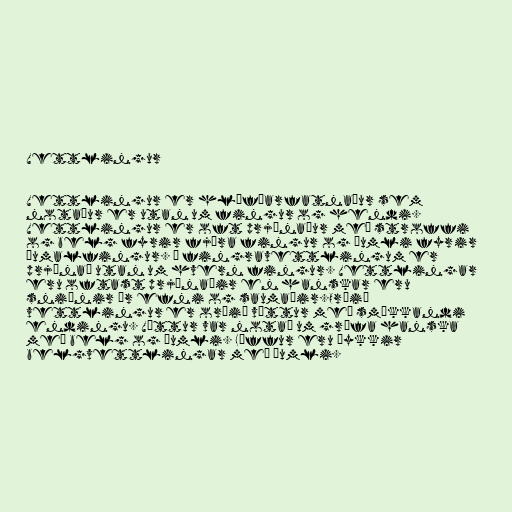
Vettlingur

Vettlingur er hlífðarfatnaður sem
notaður er utan um fingur og hendi.
Vettlingur er oft prjónaður með stroffi
og belg fyrir fjóra fingur og þumli fyrir
þumalfingur. Á fingravettlingum er
prjónað utan um hvern fingur. Vettlingar
eru oftast prjónaðir en hanskar eru
sniðnir úr efni og saumaðir.Orðið
vettlingur er orðið vöttur með smækkandi
endingu. Vöttur var notað um grófa hanska
með belg og þumli. Lúffur eru þykkir
belgvettlingar með þumli.